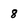
Character: 8